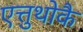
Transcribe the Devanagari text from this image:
एत्तुथोकै